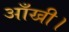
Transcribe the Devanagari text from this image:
आँखी।